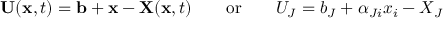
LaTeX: \ \mathbf { U } ( \mathbf { x } , t ) = \mathbf { b } + \mathbf { x } - \mathbf { X } ( \mathbf { x } , t ) \qquad { \mathrm { o r } } \qquad U _ { J } = b _ { J } + \alpha _ { J i } x _ { i } - X _ { J }